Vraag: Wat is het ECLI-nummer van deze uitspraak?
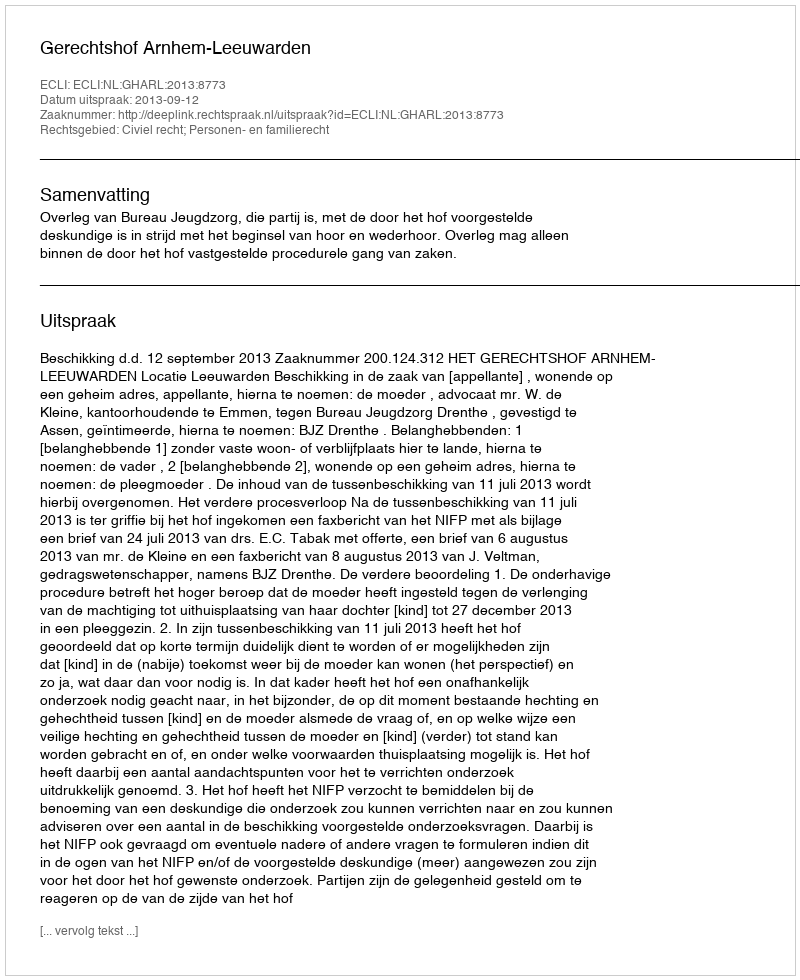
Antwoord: ECLI:NL:GHARL:2013:8773